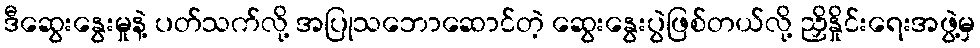
ဒီဆွေးနွေးမှုနဲ့ ပတ်သက်လို့ အပြုသဘောဆောင်တဲ့ ဆွေးနွေးပွဲဖြစ်တယ်လို့ ညှိနှိုင်းရေးအဖွဲ့မှ